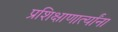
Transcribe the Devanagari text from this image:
प्रशिक्षाणार्त्यांना